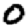
Digit: 0